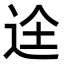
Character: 𮞋